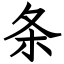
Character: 条